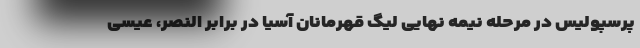
پرسپولیس در مرحله نیمه نهایی لیگ قهرمانان آسیا در برابر النصر، عیسی